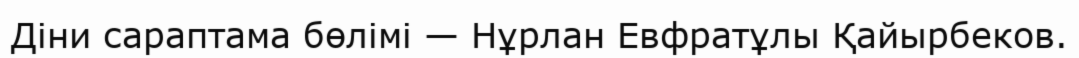
Діни сараптама бөлімі — Нұрлан Евфратұлы Қайырбеков.